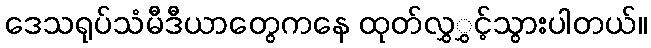
ဒေသရုပ်သံမီဒီယာတွေကနေ ထုတ်လွှွှင့်သွားပါတယ်။